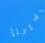
مديرنا